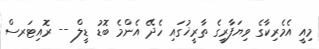
މިއީ އެމެރިކާގެ ވިޔަފާރީގެ ތާރީޚުގައި ހެދޭ އެންމެ ބޮޑު ޑީލް -- ރޮއިޓަރސް